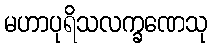
မဟာပုရိသလက္ခဏေသု